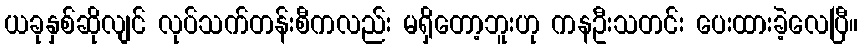
ယခုနှစ်ဆိုလျင် လုပ်သက်တန်းစီကလည်း မရှိတော့ဘူးဟု ကနဦးသတင်း ပေးထားခဲ့လေပြီ။